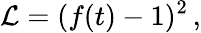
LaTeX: {\mathcal{L}}=(f(t)-1)^{2}\, ,